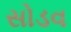
સોડવ